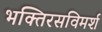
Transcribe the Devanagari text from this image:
भक्तिरसविमर्श